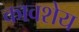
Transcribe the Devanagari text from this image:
कावशेय